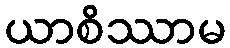
ယာစိဿာမ